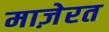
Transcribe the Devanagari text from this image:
माज़ेरत